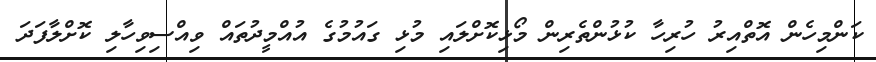
ކަންމިހެން އޮތްއިރު ހުރިހާ ކުޅުންތެރިން މޯޅިކޮށްލައި މުޅި ގައުމުގެ އުއްމީދުތައް ވިއްސިވިހާލި ކޮށްލާފަދަ